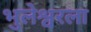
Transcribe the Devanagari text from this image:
भुलेश्वरला